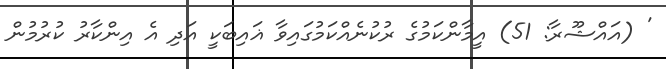
' (އައްޝޫރާ: 51) އީމާންކަމުގެ ރުކުނެއްކަމުގައިވާ ޣައިބަކީ އަދި އެ އިންކާރު ކުރުމުން